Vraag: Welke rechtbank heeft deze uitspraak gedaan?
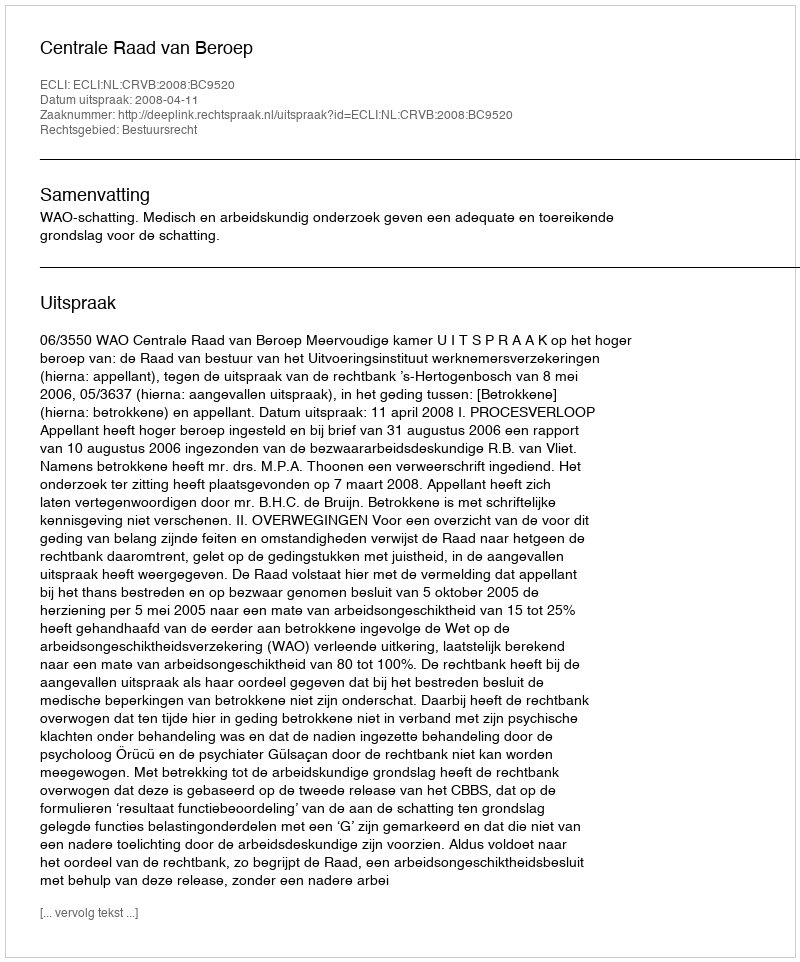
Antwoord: Centrale Raad van Beroep